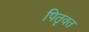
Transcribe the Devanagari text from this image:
पितृवत